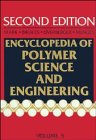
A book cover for Encyclopedia of Polymer Science and Engineering: Volume 5, Dielectric Heating to Embedding; Science & Math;